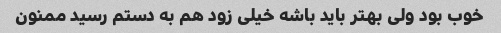
خوب بود ولی بهتر باید باشه خیلی زود هم به دستم رسید ممنون